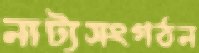
নাট্যসংগঠন